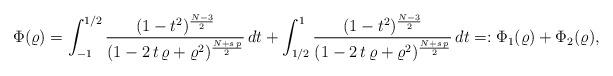
LaTeX: \begin{align*}\Phi(\varrho)&=\int_{-1}^{1/2} \frac{(1-t^2)^\frac{N-3}{2}}{(1-2\,t\,\varrho+\varrho^2)^\frac{N+s\,p}{2}}\, dt+\int_{1/2}^{1} \frac{(1-t^2)^\frac{N-3}{2}}{(1-2\,t\,\varrho+\varrho^2)^\frac{N+s\,p}{2}}\, dt=:\Phi_1(\varrho)+\Phi_2(\varrho),\end{align*}